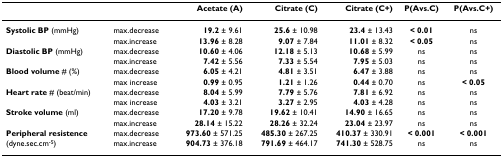
<table><thead><tr><td></td><td></td><td><b>Acetate (A)</b></td><td><b>Citrate (C) </b></td><td><b>Citrate (C+)</b></td><td><b>P(Avs.C)</b></td><td><b>P(Avs.C+)</b></td></tr></thead><tbody><tr><td><b>Systolic BP </b>(mmHg)</td><td>max.decrease</td><td><b>19.2 </b>± 9.61</td><td><b>25.6 </b>± 10.98</td><td><b>23.4 </b>± 13.43</td><td><b>&lt; 0.01</b></td><td>ns</td></tr><tr><td></td><td>max.increase</td><td><b>13.96 </b>± 8.28</td><td><b>9.07 </b>± 7.84</td><td><b>11.01 </b>± 8.32</td><td><b>&lt; 0.05</b></td><td>ns</td></tr><tr><td><b>Diastolic BP </b>(mmHg)</td><td>max.decrease</td><td><b>10.60 </b>± 4.06</td><td><b>12.18 </b>± 5.13</td><td><b>10.68 </b>± 5.99</td><td>ns</td><td>ns</td></tr><tr><td></td><td>max.increase</td><td><b>7.42 </b>± 5.56</td><td><b>7.33 </b>± 5.54</td><td><b>7.95 </b>± 5.03</td><td>ns</td><td>ns</td></tr><tr><td><b>Blood volume </b># (%)</td><td>max.decrease</td><td><b>6.05 </b>± 4.21</td><td><b>4.81 </b>± 3.51</td><td><b>6.47 </b>± 3.88</td><td>ns</td><td>ns</td></tr><tr><td></td><td>max increase</td><td><b>0.99 </b>± 0.95</td><td><b>1.21 </b>± 1.26</td><td><b>0.44 </b>± 0.70</td><td>ns</td><td><b>&lt; 0.05</b></td></tr><tr><td><b>Heart rate </b># (beat/min)</td><td>max.decrease</td><td><b>8.04 </b>± 5.99</td><td><b>7.79 </b>± 5.76</td><td><b>7.81 </b>± 6.92</td><td>ns</td><td>ns</td></tr><tr><td></td><td>max increase</td><td><b>4.03 </b>± 3.21</td><td><b>3.27 </b>± 2.95</td><td><b>4.03 </b>± 4.28</td><td>ns</td><td>ns</td></tr><tr><td><b>Stroke volume </b>(ml)</td><td>max.decrease</td><td><b>17.20 </b>± 9.78</td><td><b>19.62 </b>± 10.41</td><td><b>14.90 </b>± 16.65</td><td>ns</td><td>ns</td></tr><tr><td></td><td>max.increase</td><td><b>28.14 </b>± 15.22</td><td><b>28.26 </b>± 32.24</td><td><b>23.04 </b>± 23.97</td><td>ns</td><td>ns</td></tr><tr><td><b>Peripheral resistence </b></td><td>max.decrease</td><td><b>973.60 </b>± 571.25</td><td><b>485.30 </b>± 267.25</td><td><b>410.37 </b>± 330.91</td><td><b>&lt; 0.001</b></td><td><b>&lt; 0.001</b></td></tr><tr><td>(dyne.sec.cm<sup>-5</sup>)</td><td>max.increase</td><td><b>904.73 </b>± 376.18</td><td><b>791.69 </b>± 464.17</td><td><b>741.30 </b>± 528.75</td><td>ns</td><td>ns</td></tr></tbody></table>